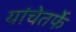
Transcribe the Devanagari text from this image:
यांचेतर्फे